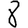
Digit: 8